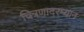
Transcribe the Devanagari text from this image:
चित्रणादरम्यान